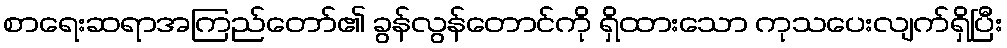
စာရေးဆရာအကြည်တော်၏ ခွန်လွန်တောင်ကို ရှိထားသော ကုသပေးလျက်ရှိပြီး